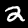
Label: 2